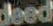
deed